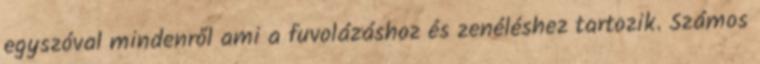
egyszóval mindenről ami a fuvolázáshoz és zenéléshez tartozik. Számos